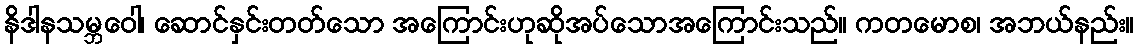
နိဒါနသမ္ဘဝေါ၊ ဆောင်နှင်းတတ်သော အကြောင်းဟုဆိုအပ်သောအကြောင်းသည်။ ကတမောစ၊ အဘယ်နည်း။